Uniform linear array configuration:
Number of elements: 8
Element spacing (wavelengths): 0.25
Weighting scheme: binomial
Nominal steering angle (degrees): -30
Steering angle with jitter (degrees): -29.083
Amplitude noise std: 0.05
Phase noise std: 0.05

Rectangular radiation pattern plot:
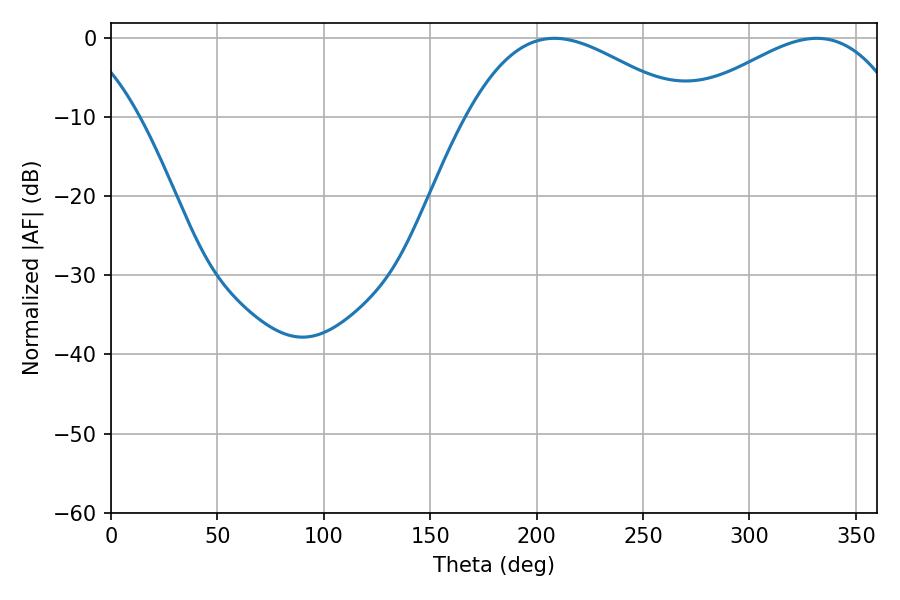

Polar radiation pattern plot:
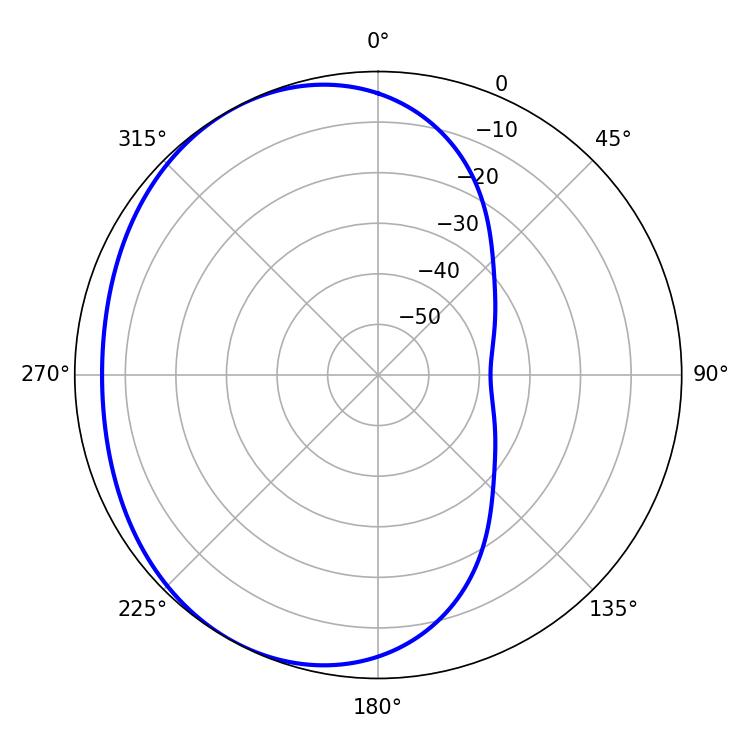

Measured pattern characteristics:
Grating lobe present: FALSE
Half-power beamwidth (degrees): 55.8
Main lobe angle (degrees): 208.44